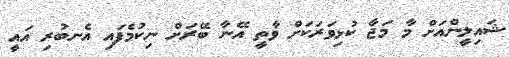
ޝައިލީންއަށް މާ މަޖާ ކުޅިވަރަކަށް ވާތީ އޭނާ ބޭރަށް ނިކުމެފައި އެނބުރި އައީ